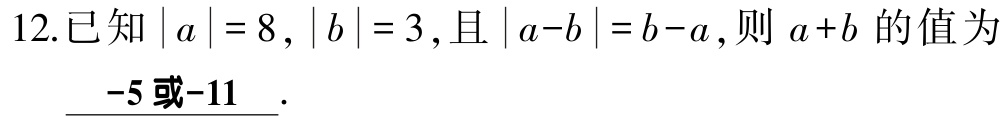
12.已知\(\vert a\vert = 8\)，\(\vert b\vert = 3\)，且\(\vert a - b\vert = b - a\)，则\(a + b\)的值为____\(-5或-11\)____.